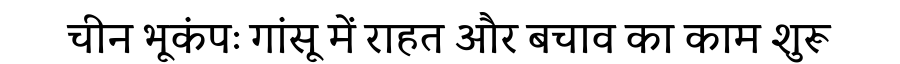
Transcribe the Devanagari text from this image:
चीन भूकंपः गांसू में राहत और बचाव का काम शुरू